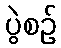
ပွဲစဉ်